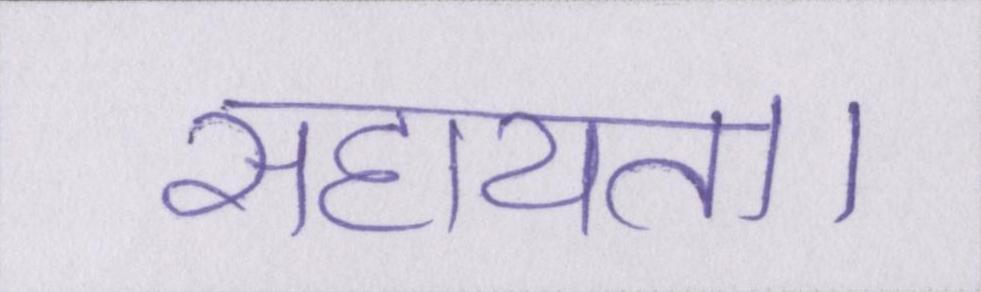
सहायता।